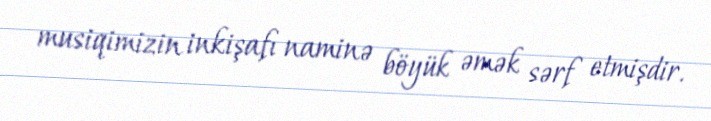
musiqimizin inkişafı naminə böyük əmək sərf etmişdir.